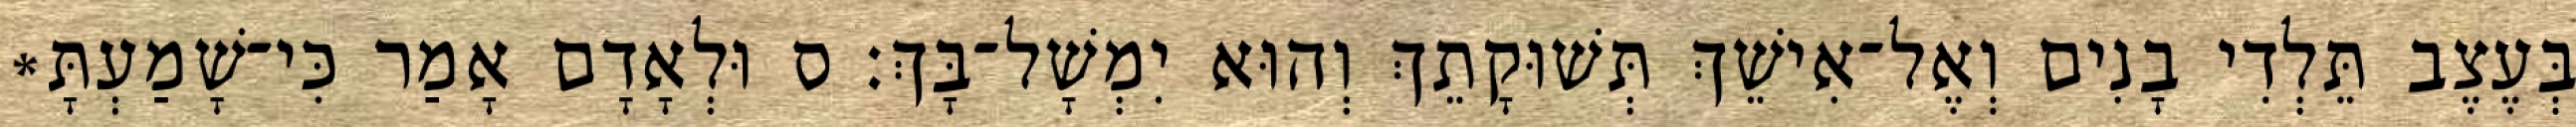
בְּעֶצֶב תֵּלְדִי בָנִים וְאֶל־אִישֵׁךְ תְּשׁוּקָתֵךְ וְהוּא יִמְשָׁל־בָּךְ׃ ס וּלְאָדָם אָמַר כִּי־שָׁמַעְתָּ*